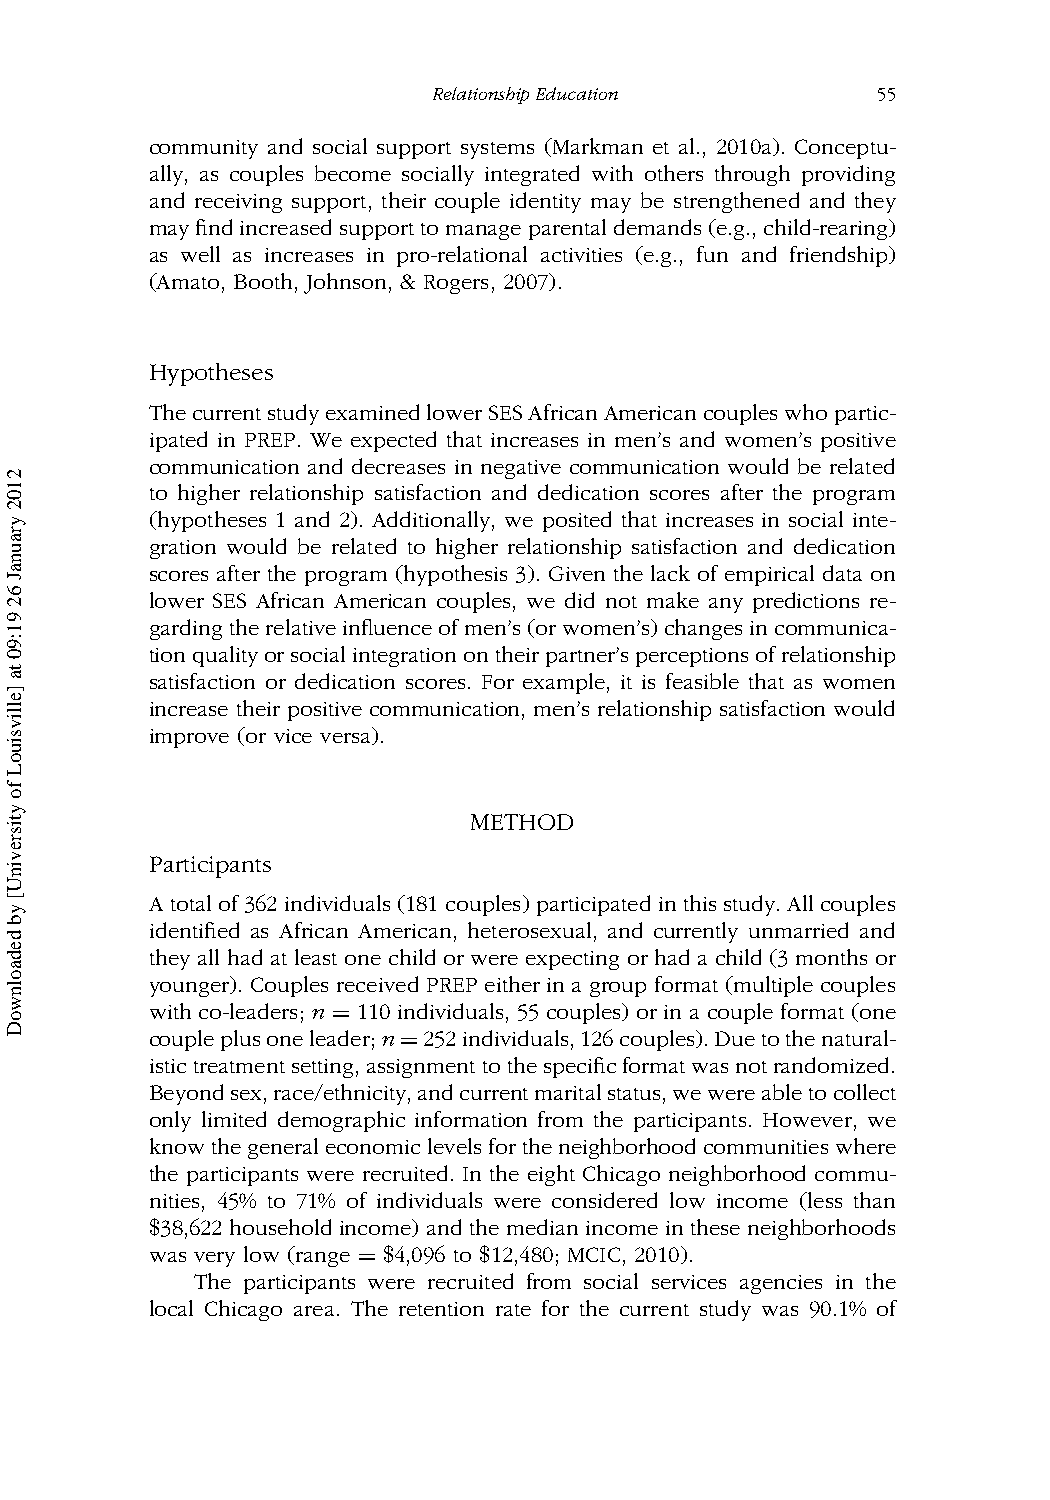
RelationshipEducation        55
 community and social support systems (Markman et al., 2010a). Conceptu-
 ally, as couples become socially integrated with others through providing
 and receiving support, their couple identity may be strengthened and they
 mayfindincreasedsupporttomanageparentaldemands(e.g.,child-rearing)
 as well as increases in pro-relational activities (e.g., fun and friendship)
 (Amato, Booth, Johnson, & Rogers, 2007).
 Hypotheses
 ThecurrentstudyexaminedlowerSESAfricanAmericancoupleswhopartic-
 ipated in PREP. We expected that increases in men’s and women’s positive
 communication and decreases in negative communication would be related
 to higher relationship satisfaction and dedication scores after the program
 (hypotheses 1 and 2). Additionally, we posited that increases in social inte-
 gration would be related to higher relationship satisfaction and dedication
 scores after the program (hypothesis 3). Given the lack of empirical data on
 lower SES African American couples, we did not make any predictions re-
 gardingtherelativeinfluenceofmen’s(orwomen’s)changesincommunica-
 tionqualityorsocialintegrationontheirpartner’sperceptionsofrelationship
 satisfaction or dedication scores. For example, it is feasible that as women
 increase their positive communication, men’s relationship satisfaction would
 improve (or vice versa).
 METHOD
 Participants
 Atotalof362individuals(181couples)participatedinthisstudy.Allcouples
 identified as African American, heterosexual, and currently unmarried and
 they all had at least one child or were expecting or had a child (3 months or
 younger). Couples received PREP either in a group format (multiple couples
 with co-leaders; n = 110 individuals, 55 couples) or in a couple format (one
 coupleplusoneleader;n=252individuals,126couples).Duetothenatural-
 istictreatmentsetting,assignmenttothespecificformatwasnotrandomized.
 Beyondsex,race/ethnicity,andcurrentmaritalstatus,wewereabletocollect
 only limited demographic information from the participants. However, we
 knowthegeneraleconomiclevelsfortheneighborhoodcommunitieswhere
 the participants were recruited. In the eight Chicago neighborhood commu-
 nities, 45% to 71% of individuals were considered low income (less than
 $38,622 household income) and the median income in these neighborhoods
 was very low (range = $4,096 to $12,480; MCIC, 2010).
 The participants were recruited from social services agencies in the
 local Chicago area. The retention rate for the current study was 90.1% of
 2102
 yraunaJ
 62
 91:90
 ta
 ]ellivsiuoL
 fo
 ytisrevinU[
 yb
 dedaolnwoD